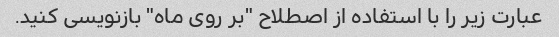
عبارت زیر را با استفاده از اصطلاح "بر روی ماه" بازنویسی کنید.